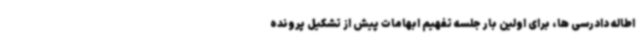
اطاله دادرسی ها، برای اولین بار جلسه تفهیم ابهامات پیش از تشکیل پرونده